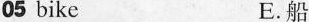
05 bike E. 船